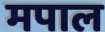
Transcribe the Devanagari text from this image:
मपाल